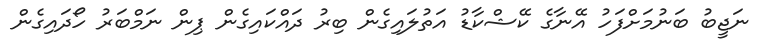
ނަޖީބު ބަނުމަށްފަހު އޭނާގެ ކޭޝްކާޑު އަތުލައިގެން ބިރު ދައްކައިގެން ޕިން ނަމްބަރު ހޯދައިގެން